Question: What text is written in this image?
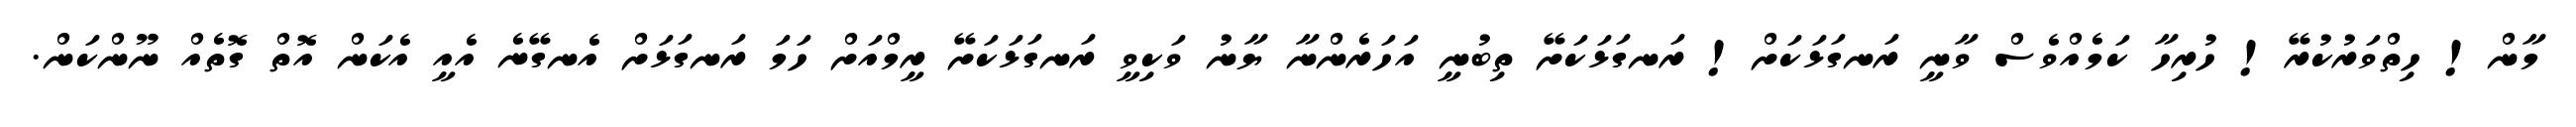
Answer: މާން! ހިތްވަރުކުރޭ! ހުރިހާ ކަމެއްވެސް ވާނީ ރަނގަޅަކަށް! ރަނގަޅަކަށޭ ތިބުނީ އަހަރެންނާ ޔާނު ވަކިވީ ރަނގަޅަކަށޭ ރީމްއަށް ހަމަ ރަނގަޅަށް އެނގޭނެ އެއީ އެކަން އޮތް ގޮތެއް ނޫންކަން.